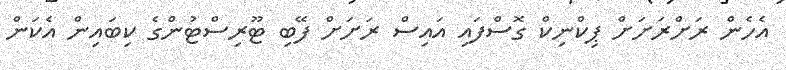
އެހެން ރަށްރަށަށް ޕިކްނިކް ގޮސްފައި އައިސް ރަށަށް ފޭބި ޓޫރިސްޓުންގެ ކިބައިން އެކަން